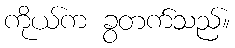
ကိုယ်က ခွတက်သည်။